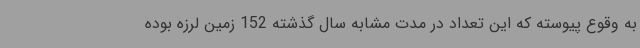
به وقوع پیوسته که این تعداد در مدت مشابه سال گذشته 152 زمین لرزه بوده